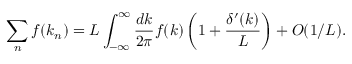
\sum _ { n } f ( k _ { n } ) = L \int _ { - \infty } ^ { \infty } { \frac { d k } { 2 \pi } } f ( k ) \left( 1 + { \frac { \delta ^ { \prime } ( k ) } { L } } \right) + O ( 1 / L ) .